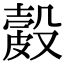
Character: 𥀎